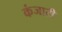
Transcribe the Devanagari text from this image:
कंजारी